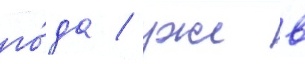
го́да / уже в